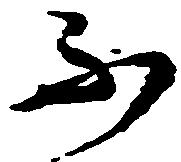
不